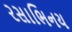
રસાભિનય